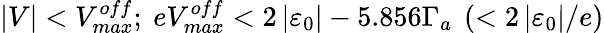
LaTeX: \vert V\vert<V_{max}^{off};\ eV_{max}^{off}<2\left\vert\varepsilon_{0}\right\vert-5.856\Gamma_{a}\ \left(<2\left\vert\varepsilon_{0}\right\vert/e\right)